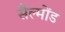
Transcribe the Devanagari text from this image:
सैल्मोंड